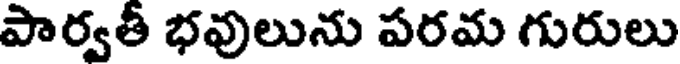
పార్వతీ భవులును పరమ గురులు